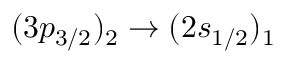
( 3 p _ { 3 / 2 } ) _ { 2 } \rightarrow ( 2 s _ { 1 / 2 } ) _ { 1 }